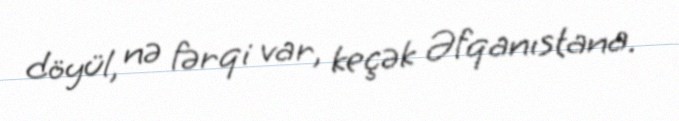
döyül, nə fərqi var, keçək Əfqanıstana.